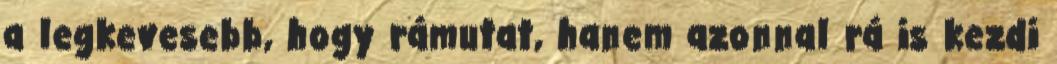
a legkevesebb, hogy rámutat, hanem azonnal rá is kezdi